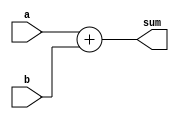
/**
* a + b = sum
*/
module addition#(
	parameter DWIDTH = 16
)(
	input [DWIDTH - 1:0] a,
	input [DWIDTH - 1:0] b,
	output [DWIDTH:0]    sum
);
	assign sum = a + b;
endmodule